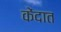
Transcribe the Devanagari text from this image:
केंदात